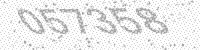
Solution: 057358